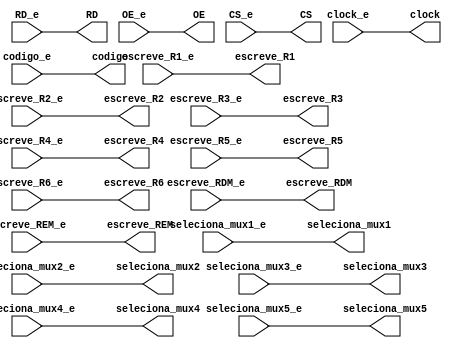
module pinos_entrada_saida(input clock_e, escreve_R1_e,escreve_R2_e,escreve_R3_e,escreve_R4_e,escreve_R5_e,escreve_R6_e,escreve_RDM_e,escreve_REM_e,
input [1:0] seleciona_mux1_e, seleciona_mux2_e, input seleciona_mux3_e, seleciona_mux4_e, seleciona_mux5_e, RD_e, OE_e, CS_e,
input [2:0] codigo_e, output reg clock, escreve_R1,escreve_R2,escreve_R3,escreve_R4,escreve_R5,escreve_R6,escreve_RDM,escreve_REM, output reg [1:0] seleciona_mux1, 

seleciona_mux2, output reg seleciona_mux3, seleciona_mux4, seleciona_mux5, RD, OE, CS, output reg [2:0] codigo);

	always @ (*) begin
		clock = clock_e;
		escreve_R1 = escreve_R1_e;
		escreve_R2 = escreve_R2_e;
		escreve_R3 = escreve_R3_e;
		escreve_R4 = escreve_R4_e;
		escreve_R5 = escreve_R5_e;
		escreve_R6 = escreve_R6_e;
		escreve_RDM = escreve_RDM_e;
		escreve_REM = escreve_REM_e;
		seleciona_mux1 = seleciona_mux1_e;
		seleciona_mux2 = seleciona_mux2_e;
		seleciona_mux3 = seleciona_mux3_e;
		seleciona_mux4 = seleciona_mux4_e;
		seleciona_mux5 = seleciona_mux5_e;
		RD = RD_e;
		OE = OE_e;
		CS = CS_e;
		codigo = codigo_e;
	end
endmodule